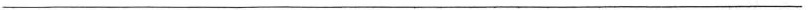
___